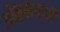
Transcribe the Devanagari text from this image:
ओळखयांची